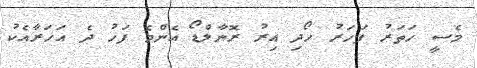
މެސީ ހަތަރު ފަހަރު ހޯދި އިރު ރޮނާލްޑޯ އެންމެ ފަހު ދެ އަހަރާއެކު